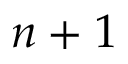
n + 1